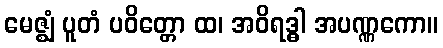
မေဇ္ဈံ ပူတံ ပဝိတ္တော ထ၊ အဝိရဒ္ဓါ အပဏ္ဏကော။